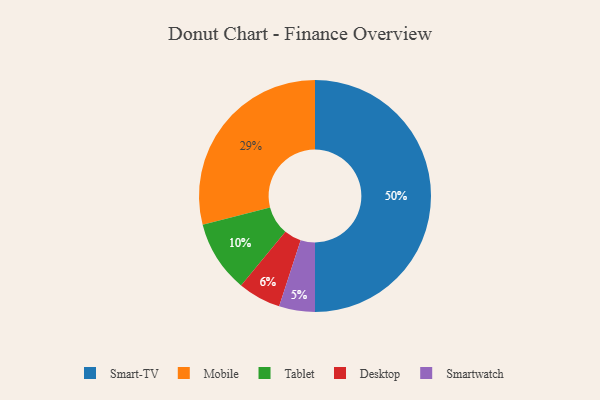
{"axis": {"x": "Category", "y": "Percentage"}, "legend": ["Desktop", "Mobile", "Smart-TV", "Smartwatch", "Tablet"], "data": [{"x": "Desktop", "y": 6, "type": "Desktop"}, {"x": "Mobile", "y": 29, "type": "Mobile"}, {"x": "Tablet", "y": 10, "type": "Tablet"}, {"x": "Smartwatch", "y": 5, "type": "Smartwatch"}, {"x": "Smart-TV", "y": 50, "type": "Smart-TV"}]}